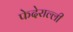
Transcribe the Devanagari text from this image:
फेदेराल्ली